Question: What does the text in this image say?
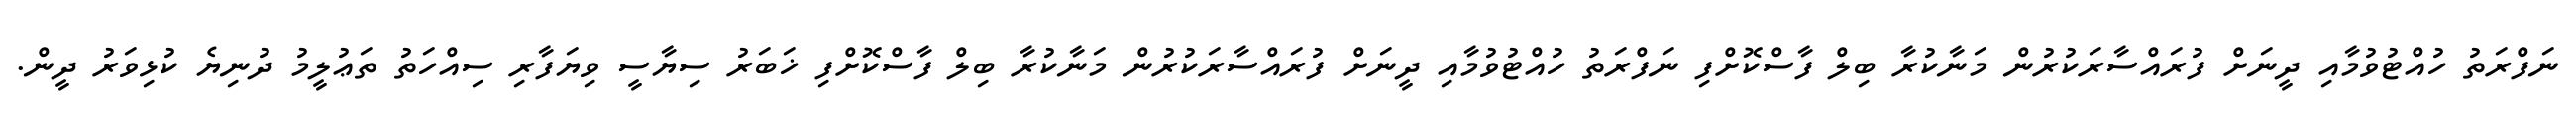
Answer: ނަފްރަތު ހުއްޓުވުމާއި ދީނަށް ފުރައްސާރަކުރުން މަނާކުރާ ބިލް ފާސްކޮށްފި ނަފްރަތު ހުއްޓުވުމާއި ދީނަށް ފުރައްސާރަކުރުން މަނާކުރާ ބިލް ފާސްކޮށްފި ޚަބަރު ސިޔާސީ ވިޔަފާރި ސިއްހަތު ތަޢުލީމު ދުނިޔެ ކުޅިވަރު ދީން.